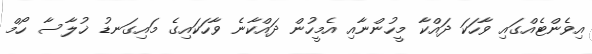
އިވެންޓެއްގައި ވާހަކަ ދައްކާ މީހުންނާއި އެމީހުން ދައްކާނެ ވާހަކައިގެ މައިގަނޑު ޚުލާސާ ހޯމް